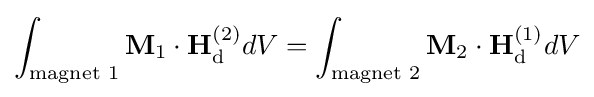
\int _{\text{magnet 1}}\mathbf {M} _{1}\cdot \mathbf {H} _{\text{d}}^{(2)}dV=\int _{\text{magnet 2}}\mathbf {M} _{2}\cdot \mathbf {H} _{\text{d}}^{(1)}dV